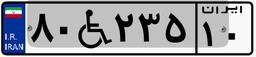
۸۰W۲۳۵۱۰